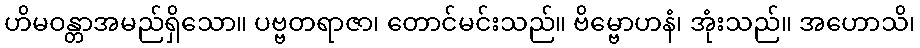
ဟိမဝန္တာအမည်ရှိသော။ ပဗ္ဗတရာဇာ၊ တောင်မင်းသည်။ ဗိမ္ဗောဟနံ၊ အုံးသည်။ အဟောသိ၊